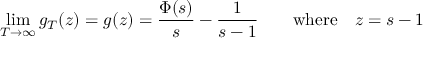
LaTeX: \operatorname* { l i m } _ { T \to \infty } g _ { T } ( z ) = g ( z ) = { \frac { \Phi ( s ) } { s } } - { \frac { 1 } { s - 1 } } \quad \quad { \mathrm { w h e r e } } \quad z = s - 1